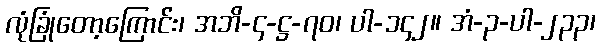
လုံခြုံတော့ကြောင်း၊ အဘိ-၄-ဋ္ဌ-၇၀၊ ပါ-၁၄၂။ အံ-၃-ပါ-၂၃၃၊